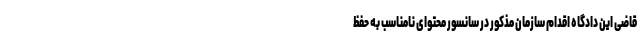
قاضی این دادگاه اقدام سازمان مذکور در سانسور محتوای نامناسب به حفظ